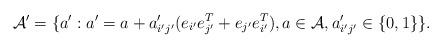
LaTeX: \begin{align*}\mathcal{A}'=\{a':a'=a+a_{i'j'}'(e_{i'}e_{j'}^{T}+e_{j'}e_{i'}^{T}),a\in\mathcal{A},a_{i'j'}'\in\{0,1\}\}.\end{align*}